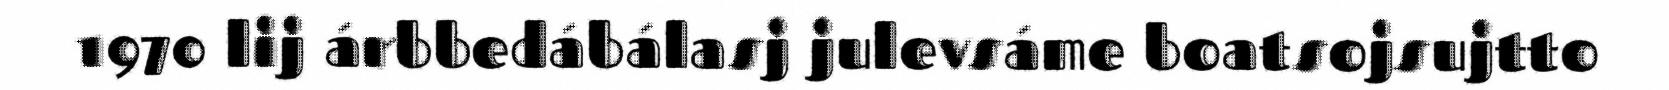
1970 lij árbbedábálasj julevsáme boatsojsujtto